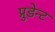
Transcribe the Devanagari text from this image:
प्रुडेन्ट